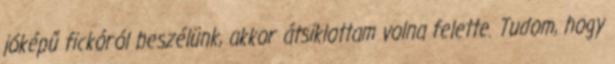
jóképű fickóról beszélünk, akkor átsiklottam volna felette. Tudom, hogy